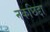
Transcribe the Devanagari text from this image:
नकछिद्दा